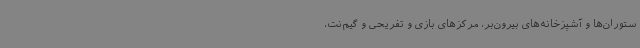
ستوران‌ها و آشپزخانه‌های بیرون‌بر، مرکزهای بازی و تفریحی و گیم‌نت،